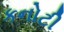
કનોટી